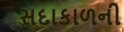
સદાકાળની